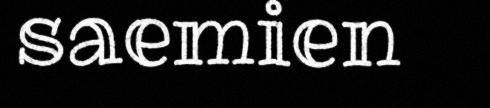
saemien